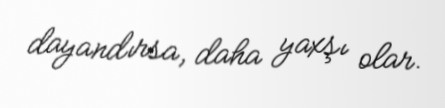
dayandırsa, daha yaxşı olar.